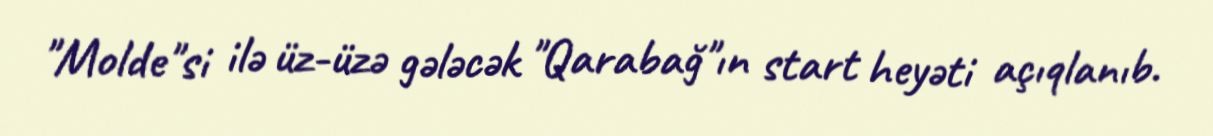
"Molde"si ilə üz-üzə gələcək "Qarabağ"ın start heyəti açıqlanıb.